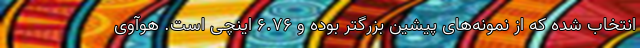
انتخاب شده که از نمونه‌های پیشین بزرگتر بوده و 6.76 اینچی است. هوآوی